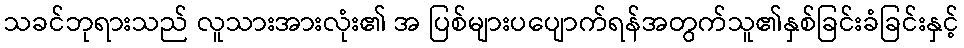
သခင်ဘုရားသည် လူသားအားလုံး၏ အ ပြစ်များပပျောက်ရန်အတွက်သူ၏နှစ်ခြင်းခံခြင်းနှင့်